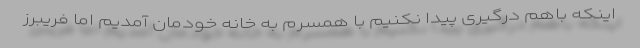
اینکه باهم درگیری پیدا نکنیم با همسرم به خانه خودمان آمدیم اما فریبرز